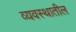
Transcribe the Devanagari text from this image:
व्यवस्थातील